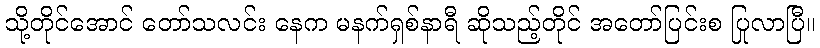
သို့တိုင်အောင် တော်သလင်း နေက မနက်ရှစ်နာရီ ဆိုသည့်တိုင် အတော်ပြင်းစ ပြုလာပြီ။